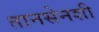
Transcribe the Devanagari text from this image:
तानसेनशी